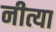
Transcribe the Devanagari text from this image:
नीत्या